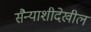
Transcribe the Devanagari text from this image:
सैन्याशीदेखील